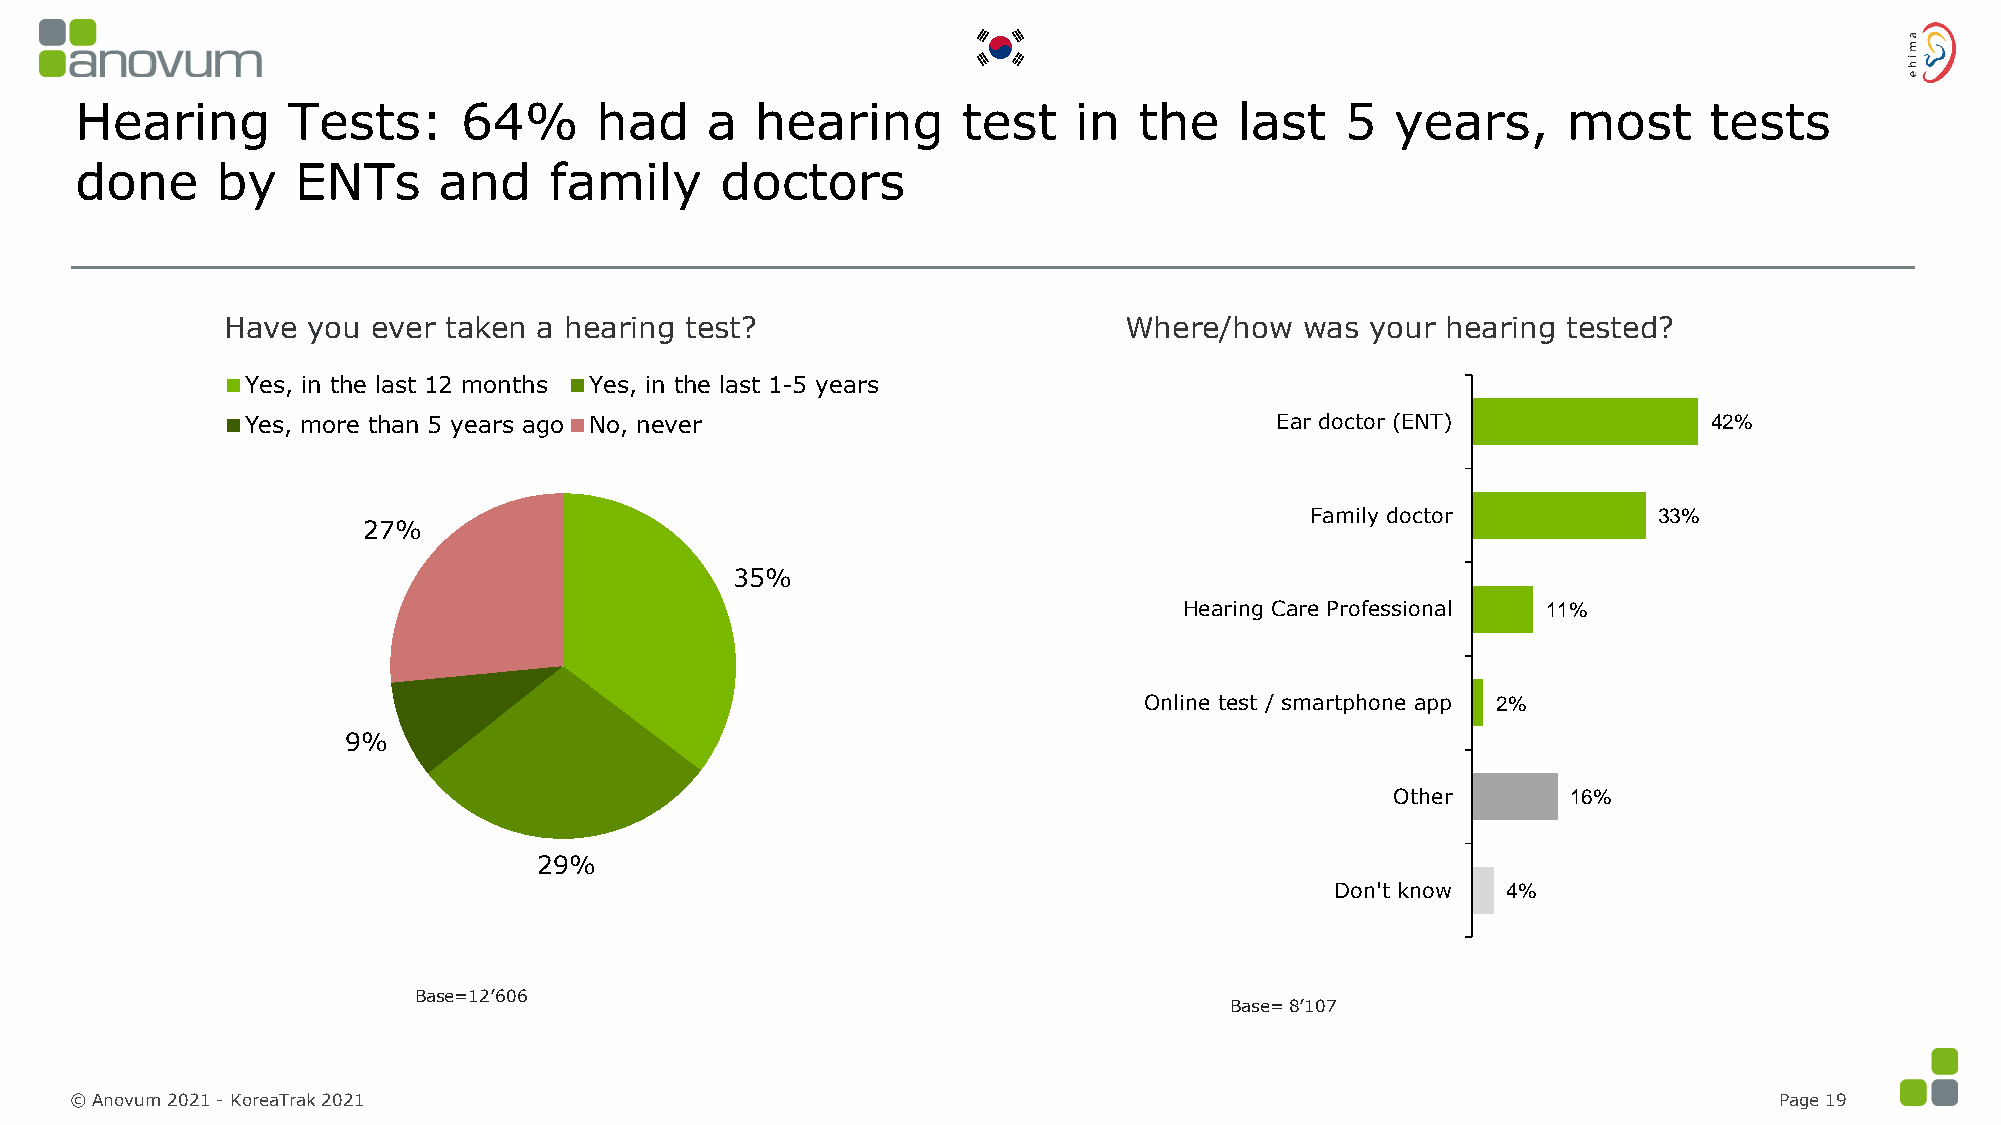
Hearing       Tests:      64%     had     a  hearing       test   in  the    last   5  years,      most     tests
 done     by    ENTs     and    family      doctors
 Have you  ever taken a hearing test?                       Where/how   was  your hearing tested?
 Yes, in the last 12 months Yes, in the last 1-5 years
 Yes, more than 5 years ago No, never                                Ear doctor (ENT)             42%
 Family doctor          33%
 27%
 35%
 Hearing Care Professional 11%
 Online test / smartphone app 2%
 9%
 Other       16%
 29%
 Don't know  4%
 Base=12’606
 Base= 8’107
 © Anovum 2021 -KoreaTrak2021                                                                                     Page 19